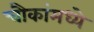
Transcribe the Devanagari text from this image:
चौकांमध्ये